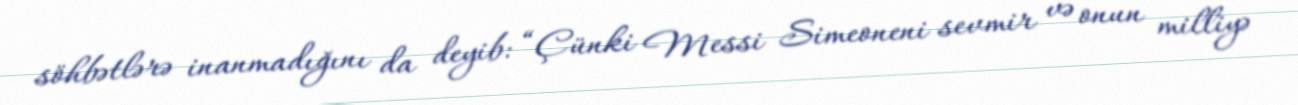
söhbətlərə inanmadığını da deyib: “Çünki Messi Simeoneni sevmir və onun milliyə